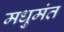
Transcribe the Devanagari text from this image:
मधुमंत